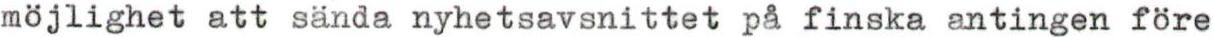
möjlighet att sända nyhetsavsnittet på finska antingen före